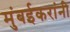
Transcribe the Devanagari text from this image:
मुंबईकरांनी